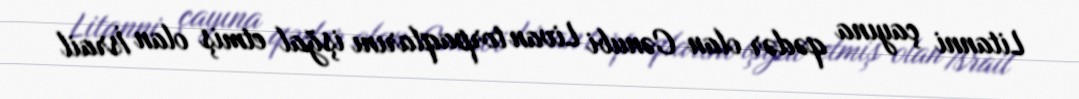
Litanni çayına qədər olan Cənubi Livan torpaqlarını işğal etmiş olan İsrail